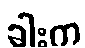
ခါးက